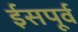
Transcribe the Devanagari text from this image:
ईसपूर्व